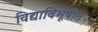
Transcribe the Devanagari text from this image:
विद्याविभूषीत